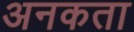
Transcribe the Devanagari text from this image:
अनकता